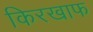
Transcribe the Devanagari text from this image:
किरखाफ